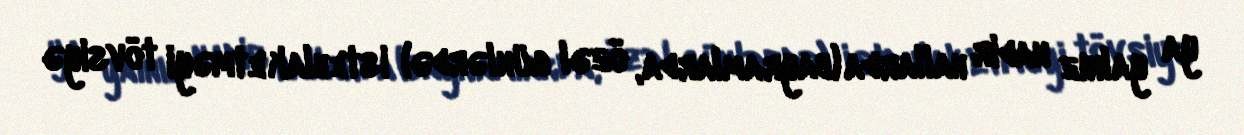
ya yalnız nadir hallarda (bayramlarda, özəl günlərdə) istehlak etməyi tövsiyə